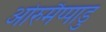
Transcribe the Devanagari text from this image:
ओरुमैप्पाडु